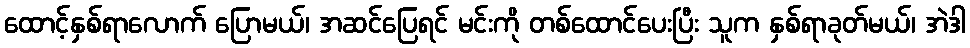
ထောင့်နှစ်ရာလောက် ပြောမယ်၊ အဆင်ပြေရင် မင်းကို တစ်ထောင်ပေးပြီး သူက နှစ်ရာခုတ်မယ်၊ အဲဒါ